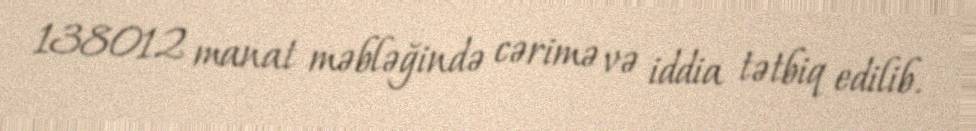
138012 manat məbləğində cərimə və iddia tətbiq edilib.